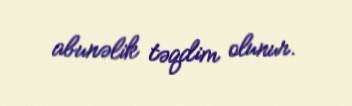
abunəlik təqdim olunur.